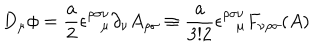
D _ { \mu } \phi = \frac { a } { 2 } \epsilon _ { \mu } ^ { \rho \sigma \nu } \partial _ { \nu } A _ { \rho \sigma } \equiv \frac { a } { 3 ! 2 } \epsilon _ { \mu } ^ { \rho \sigma \nu } F _ { \nu \rho \sigma } ( A )